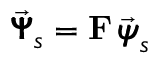
\vec { \pmb { { \Psi } } } _ { s } = { \bf F } \, \vec { \pmb { { \psi } } } _ { s }